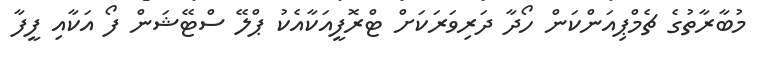
މުބާރާތުގެ ޗެމްޕިއަންކަން ހޯދާ ދަރިވަރަކަށް ޓްރޮފީއަކާއެކު ޕްލޭ ސްޓޭޝަން ފޯ އަކާއި ފީފާ